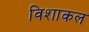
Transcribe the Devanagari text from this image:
विशाकल